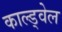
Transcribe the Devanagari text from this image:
काल्ड्वेल